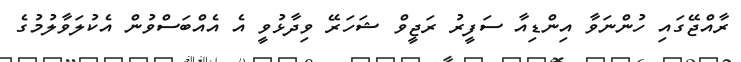
ރާއްޖޭގައި ހުންނަވާ އިންޑިއާ ސަފީރު ރަޖީވް ޝަހަރޭ ވިދާޅުވީ އެ އެއްބަސްވުން އެކުލަވާލުމުގެ